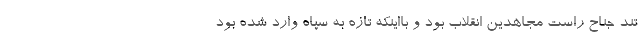
تند جناح راست مجاهدین انقلاب بود و بااینکه تازه به سپاه وارد شده بود